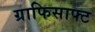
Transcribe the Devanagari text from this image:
ग्राफिसाफ्ट